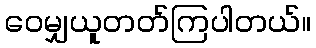
ဝေမျှယူတတ်ကြပါတယ်။